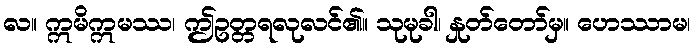
လ။ ဣမိဣမဿ၊ ဤဥတ္တရလုလင်၏။ သုမုခါ၊ နှုတ်တော်မှ။ ဟေဿာမ၊